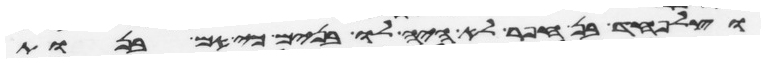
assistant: וצלפחד בן חפר לא היה לו בנים כי אם בנות